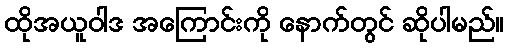
ထိုအယူဝါဒ အကြောင်းကို နောက်တွင် ဆိုပါမည်။